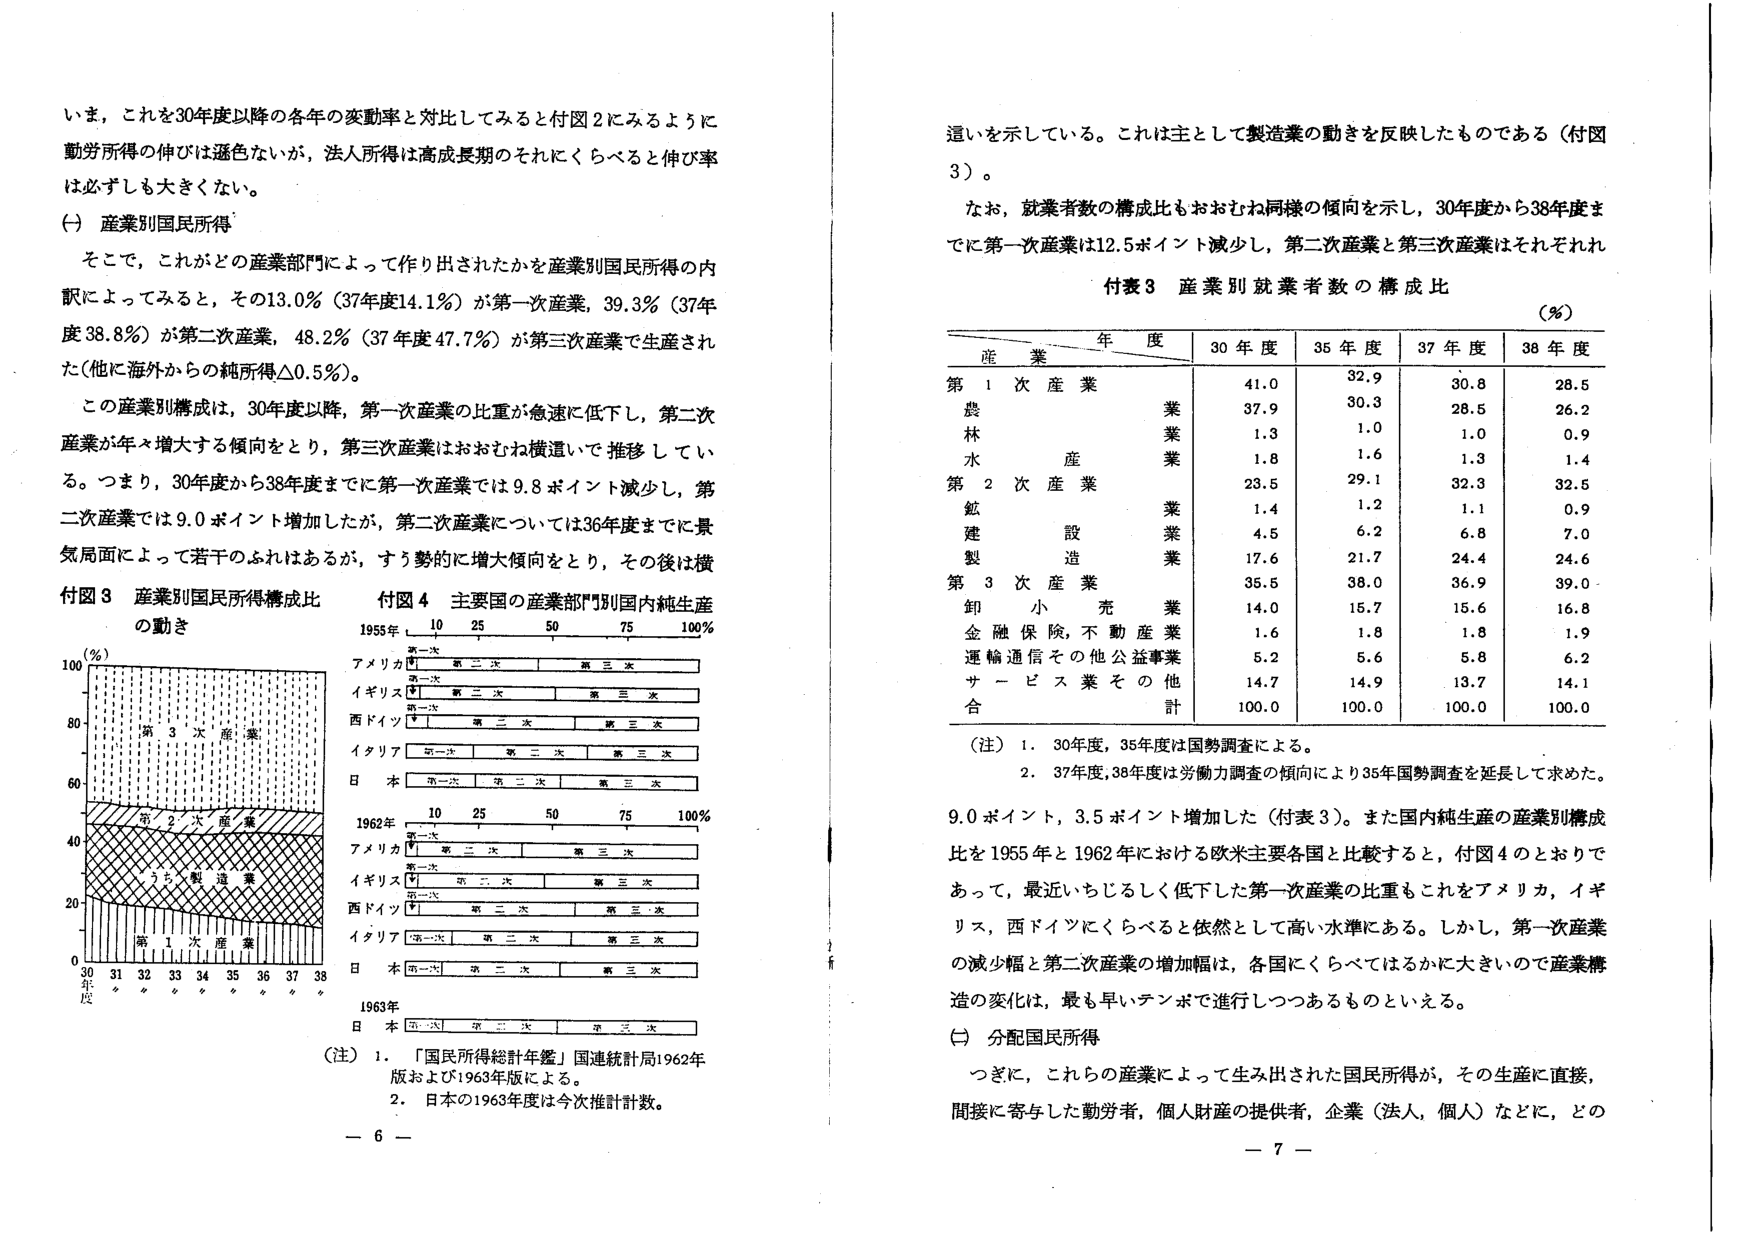
いま，これを30年度以降の各年の変動率と対比してみると付図2にみるように
勤労所得の伸びは遜色ないが，法人所得は高成長期のそれにくらべると伸び率
は必ずしも大きくない。

(一) 産業別国民所得

そこで，これがどの産業部門によって作り出されたかを産業別国民所得の内
訳によってみると，その13.0％（37年度14.1％）が第一次産業，39.3％（37年
度38.8％）が第二次産業，48.2％（37年度47.7％）が第三次産業で生産され
た（他に海外からの純所得△0.5％）。

この産業別構成は，30年度以降，第一次産業の比重が急速に低下し，第二次
産業が年々増大する傾向をとり，第三次産業はおおむね横這いで推移してい
る。つまり，30年度から38年度までに第一次産業では9.8ポイント減少し，第
二次産業では9.0ポイント増加したが，第二次産業については36年度までに景
気局面によって若干のふれはあるが，すう勢的に増大傾向をとり，その後は横

付図3 産業別国民所得構成比
の動き

(％)
100
80
60
40
20
0
30 31 32 33 34 35 36 37 38
年度

第3次産業
第2次産業
第1次産業

付図4 主要国の産業部門別国内純生産

1955年 10 25 50 75 100％
第一次
アメリカ 第二次 第三次
第一次
イギリス 第二次 第三次
第一次
西ドイツ 第二次 第三次
第一次
イタリア 第二次 第三次
第一次
日本 第二次 第三次

1962年 10 25 50 75 100％
第一次
アメリカ 第二次 第三次
第一次
イギリス 第二次 第三次
第一次
西ドイツ 第二次 第三次
第一次
イタリア 第二次 第三次
第一次
日本 第二次 第三次

1963年
日本 第一次 第二次 第三次

（注）1. 「国民所得総計年鑑」国連統計局1962年
版および1963年版による。
2. 日本の1963年度は今次推計数。

－6－

這いを示している。これは主として製造業の動きを反映したものである（付図
3）。

なお，就業者数の構成比もおおむね同様の傾向を示し，30年度から38年度ま
でに第一次産業は12.5ポイント減少し，第二次産業と第三次産業はそれぞれ

付表3 産業別就業者数の構成比
（％）

年 度
産 業 30年度 35年度 37年度 38年度

第1次産業
農 業 41.0 32.9 30.8 28.5
林 業 37.9 30.3 28.5 26.2
水 産 業 1.3 1.0 1.0 0.9
第2次産業 1.8 1.6 1.3 1.4
鉱 業 23.5 29.1 32.3 32.5
建 設 業 1.4 1.2 1.1 0.9
製 造 業 4.5 6.2 6.8 7.0
第3次産業 17.6 21.7 24.4 24.6
卸 小 売 業 35.5 38.0 36.9 39.0
金融保険，不動産業 14.0 15.7 15.6 16.8
運輸通信その他公益事業 1.6 1.8 1.8 1.9
サービス業その他 5.2 5.6 5.8 6.2
合 計 100.0 100.0 100.0 100.0

（注）1. 30年度，35年度は国勢調査による。
2. 37年度，38年度は労働力調査の傾向により35年国勢調査を延長して求めた。

9.0ポイント，3.5ポイント増加した（付表3）。また国内純生産の産業別構成
比を1955年と1962年における欧米主要各国と比較すると，付図4のとおりで
あって，最近いちじるしく低下した第一次産業の比重もこれをアメリカ，イギ
リス，西ドイツにくらべると依然として高い水準にある。しかし，第一次産業
の減少幅と第二次産業の増加幅は，各国にくらべてはるかに大きいので産業構
造の変化は，最も早いテンポで進行しつつあるものといえる。

(二) 分配国民所得

つぎに，これらの産業によって生み出された国民所得が，その生産に直接，
間接に寄与した勤労者，個人財産の提供者，企業（法人，個人）などに，どの

－7－